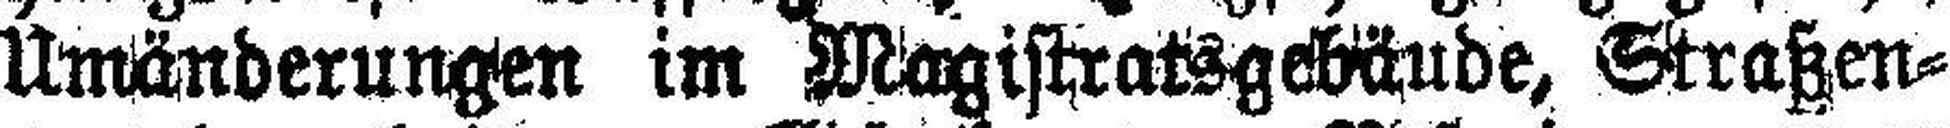
Umänderungen im Magistratsgebäude, Straßen¬